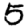
Digit: 5